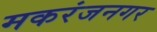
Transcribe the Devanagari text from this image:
मकरंजनगर